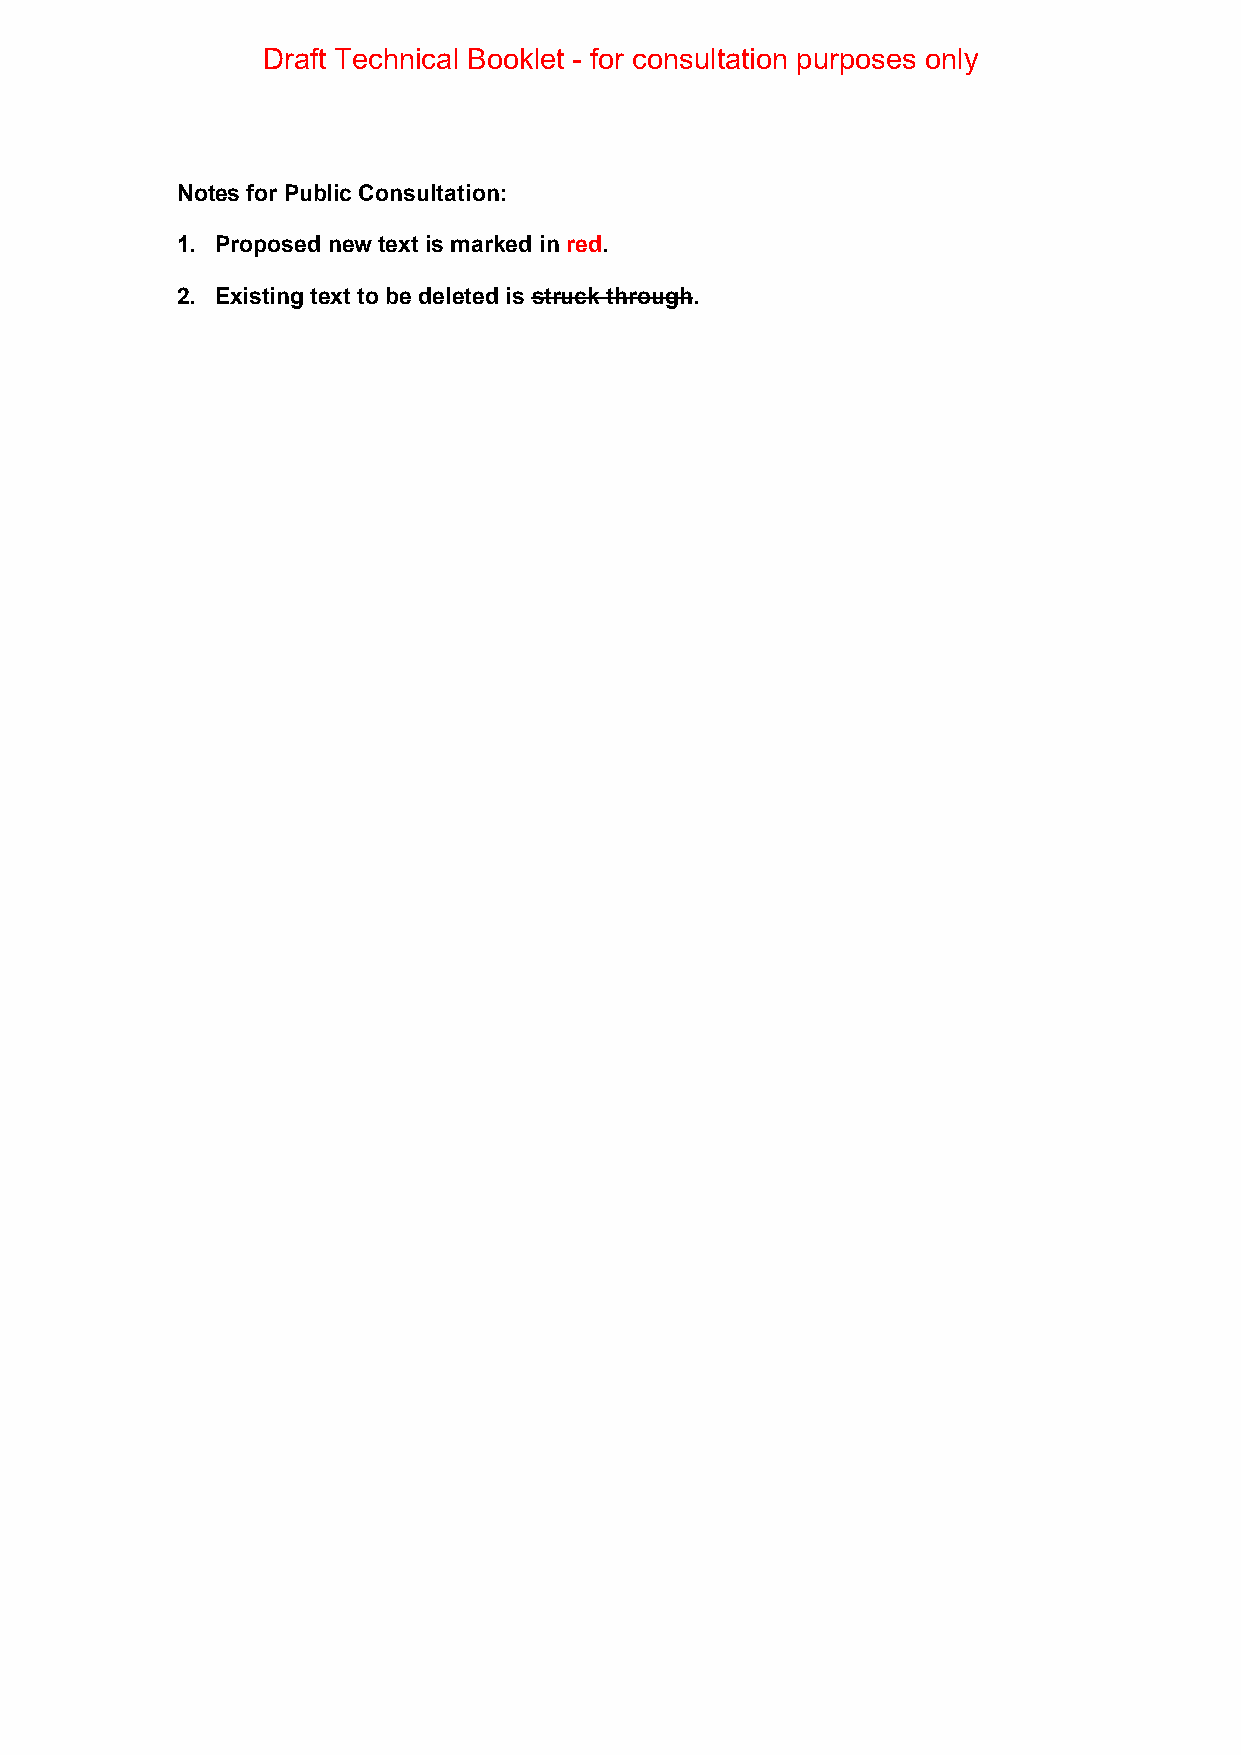
Draft Technical Booklet - for consultation purposes only
 Notes for Public Consultation:
 1. Proposed new text is marked in red.
 2. Existing text to be deleted is struck through.